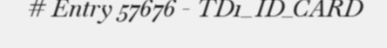
# Entry 57676 - TD1_ID_CARD